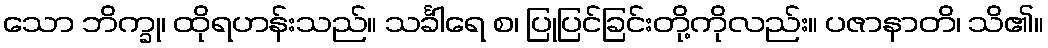
သော ဘိက္ခု၊ ထိုရဟန်းသည်။ သင်္ခါရေ စ၊ ပြုပြင်ခြင်းတို့ကိုလည်း။ ပဇာနာတိ၊ သိ၏။